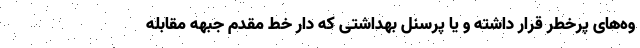
وه‌های پرخطر قرار داشته و یا پرسنل بهداشتی که دار خط مقدم جبهه مقابله